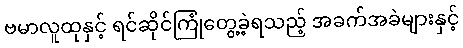
ဗမာလူထုနှင့် ရင်ဆိုင်ကြုံတွေ့ခဲ့ရသည့် အခက်အခဲများနှင့်